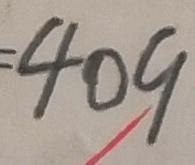
4 0 9